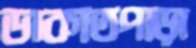
ডাকাতপাড়া